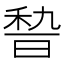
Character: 𱶋